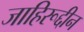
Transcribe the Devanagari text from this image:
जाहिरूद्दीन